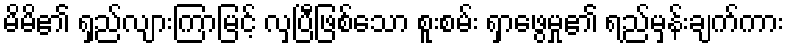
မိမိ၏ ရှည်လျားကြာမြင့် လှပြီဖြစ်သော စူးစမ်း ရှာဖွေမှု၏ ရည်မှန်းချက်ကား